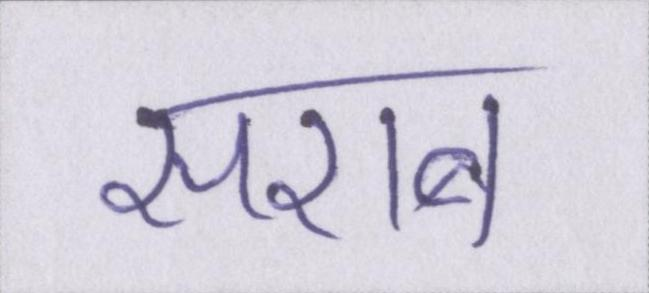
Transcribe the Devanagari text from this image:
सराब